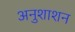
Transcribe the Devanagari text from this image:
अनुशाशन